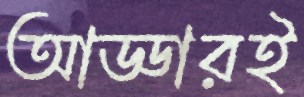
আড্ডারই